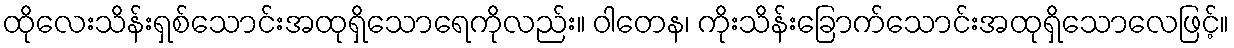
ထိုလေးသိန်းရှစ်သောင်းအထုရှိသောရေကိုလည်း။ ဝါတေန၊ ကိုးသိန်းခြောက်သောင်းအထုရှိသောလေဖြင့်။